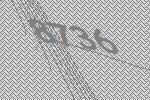
8736